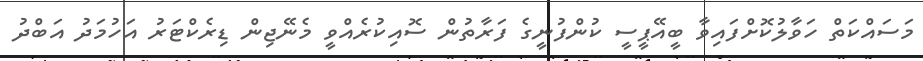
މަސައްކަތް ހަވާލުކޮށްފައިވާ ބީއޭޕީސީ ކުންފުނީގެ ފަރާތުން ސޮއިކުރެއްވީ މެނޭޖިން ޑިރެކްޓަރު އަހުމަދު އަބްދު